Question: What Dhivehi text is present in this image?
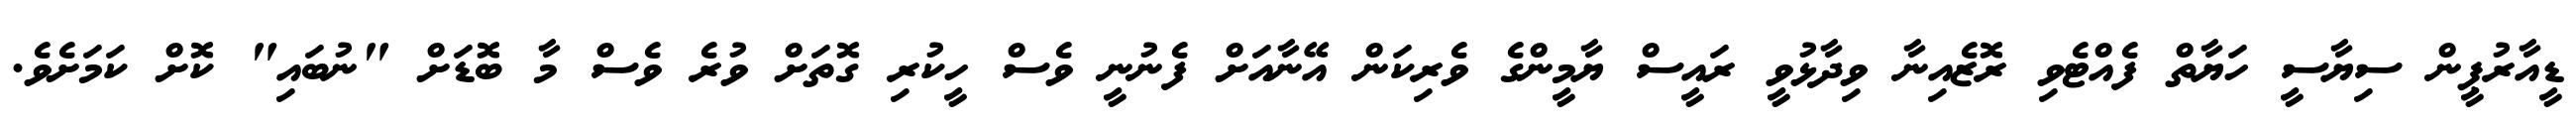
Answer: ޑީއާރުޕީން ސިޔާސީ ހަޔާތް ފެއްޓެވި ރޮޒެއިނާ ވިދާޅުވީ ރައީސް ޔާމީންގެ ވެރިކަން އޭނާއަށް ފެނުނީ ވެސް ހީކުރި ގޮތަށް ވުރެ ވެސް މާ ބޮޑަށް "ނުބައި" ކޮށް ކަމަށެވެ.